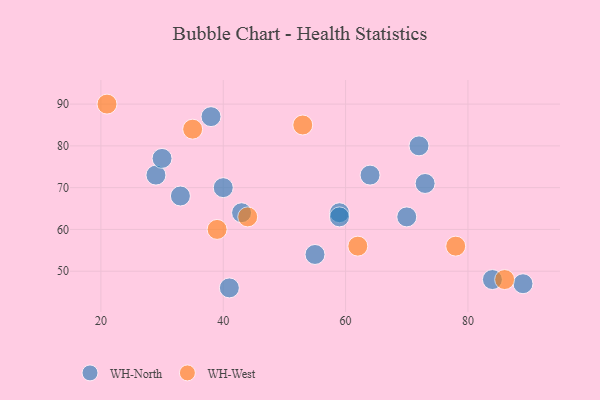
{"axis": {"x": "GDP", "y": "Life Expectancy"}, "legend": ["WH-North", "WH-West"], "data": [{"x": "64", "y": 73, "type": "WH-North"}, {"x": "40", "y": 70, "type": "WH-North"}, {"x": "70", "y": 63, "type": "WH-North"}, {"x": "55", "y": 54, "type": "WH-North"}, {"x": "38", "y": 87, "type": "WH-North"}, {"x": "89", "y": 47, "type": "WH-North"}, {"x": "43", "y": 64, "type": "WH-North"}, {"x": "59", "y": 64, "type": "WH-North"}, {"x": "59", "y": 63, "type": "WH-North"}, {"x": "41", "y": 46, "type": "WH-North"}, {"x": "29", "y": 73, "type": "WH-North"}, {"x": "30", "y": 77, "type": "WH-North"}, {"x": "72", "y": 80, "type": "WH-North"}, {"x": "33", "y": 68, "type": "WH-North"}, {"x": "73", "y": 71, "type": "WH-North"}, {"x": "84", "y": 48, "type": "WH-North"}, {"x": "44", "y": 63, "type": "WH-West"}, {"x": "21", "y": 90, "type": "WH-West"}, {"x": "86", "y": 48, "type": "WH-West"}, {"x": "53", "y": 85, "type": "WH-West"}, {"x": "39", "y": 60, "type": "WH-West"}, {"x": "62", "y": 56, "type": "WH-West"}, {"x": "78", "y": 56, "type": "WH-West"}, {"x": "35", "y": 84, "type": "WH-West"}]}